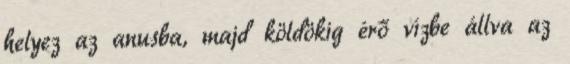
helyez az anusba, majd köldökig érő vízbe állva az